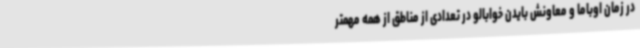
در زمان اوباما و معاونش بایدن خوابالو در تعدادی از مناطق از همه‌ مهمتر